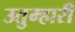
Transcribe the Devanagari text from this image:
उतुम्हारी